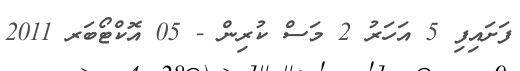
ފަށައިފި 5 އަހަރު 2 މަސް ކުރިން - 05 އޮކްޓޯބަރ 2011